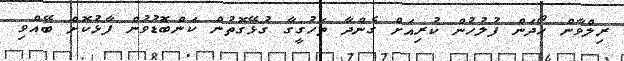
ރިލްވާން ހޯދަން ފުލުހުން ކުރިއަށް ގެންދާ ތަހުގީގާ ގުޅޭގޮތުން ކަންބޮޑުވުން ފާޅުކޮށް ބޭއްވި